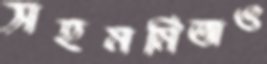
সহমর্মিতাও